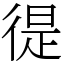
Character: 徥